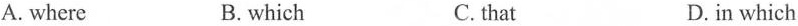
A. where B. which C. that D.in which